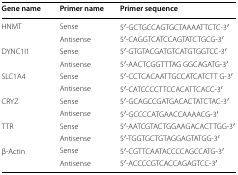
<table><thead><tr><td><b>Gene name</b></td><td><b>Primer name</b></td><td><b>Primer sequence</b></td></tr></thead><tbody><tr><td rowspan="2">HNMT</td><td>Sense</td><td>5′-GCTGCCAGTGCTAAAATTCTC-3′</td></tr><tr><td>Antisense</td><td>5′-CAGGTCATCCAGTATCTGCG-3′</td></tr><tr><td rowspan="2">DYNC1I1</td><td>Sense</td><td>5′-GTGTACGATGTCATGTGGTCC-3′</td></tr><tr><td>Antisense</td><td>5′-AACTCGGTTTAG GGCAGATG-3′</td></tr><tr><td rowspan="2">SLC1A4</td><td>Sense</td><td>5′-CCTCACAATTGCCATCATCTT G-3′</td></tr><tr><td>Antisense</td><td>5′-CATCCCCTTCCACATTCACC-3′</td></tr><tr><td rowspan="2">CRYZ</td><td>Sense</td><td>5′-GCAGCCGATGACACTATCTAC-3′</td></tr><tr><td>Antisense</td><td>5′-GCCCCATGAACCAAAACG-3′</td></tr><tr><td rowspan="2">TTR</td><td>Sense</td><td>5′-AATCGTACTGGAAGACACTTGG-3′</td></tr><tr><td>Antisense</td><td>5′-TGGTGCTGTAGGAGTATGG-3′</td></tr><tr><td rowspan="2">β-Actin</td><td>Sense</td><td>5′-CGTTCAATACCCCAGCCATG-3′</td></tr><tr><td>Antisense</td><td>5′-ACCCCGTCACCAGAGTCC-3′</td></tr></tbody></table>